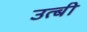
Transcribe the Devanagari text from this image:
उत्बी